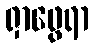
ရှာဖွေရာ